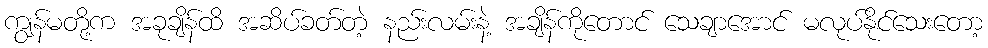
ကျွန်မတို့က အခုချိန်ထိ အဆိပ်ခတ်တဲ့ နည်းလမ်းနဲ့ အချိန်ကိုတောင် သေချာအောင် မလုပ်နိုင်သေးတော့